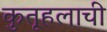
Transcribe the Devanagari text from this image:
कुतूहलाची